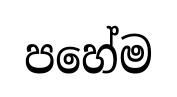
පහේම